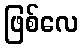
ဖြစ်လေ